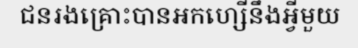
ជនរងគ្រោះបានអកហ្សើនឹងអ្វីមួយ